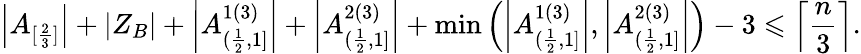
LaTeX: \left|A_{[\frac{2}{3}]}\right|+|Z_{B}|+\left|A_{(\frac{1}{2},1]}^{1(3)}\right|+\left|A_{(\frac{1}{2},1]}^{2(3)}\right|+\operatorname*{min}\left(\left|A_{(\frac{1}{2},1]}^{1(3)}\right|,\left|A_{(\frac{1}{2},1]}^{2(3)}\right|\right)-3\leqslant\left\lceil\frac{n}{3}\right\rceil.